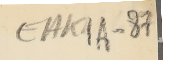
EAK1A-87